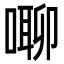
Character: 㗦